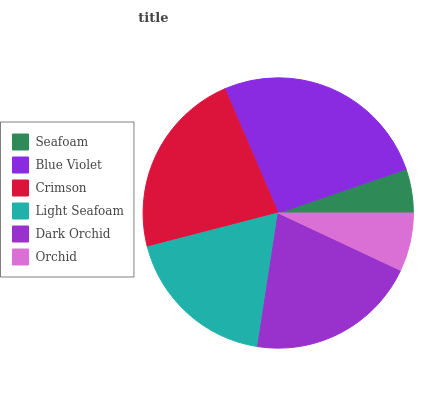
| Seafoam | Blue Violet | Crimson | Light Seafoam | Dark Orchid | Orchid |
 | --- | --- | --- | --- | --- | --- |
 | 5.26% | 26.2% | 22.6% | 18.4% | 20.5% | 6.96% |